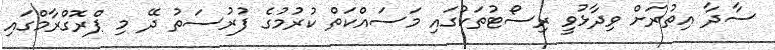
ސާދާ އިތުރަށް ވިދާޅުވީ ރިސޯޓުތަކުގައި މަސައްކަތް ކުރުމުގެ ފުރުސަތު ދޭ މި ޕްރޮގްރާމްގައި